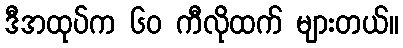
ဒီအထုပ်က ၆၀ ကီလိုထက် များတယ်။